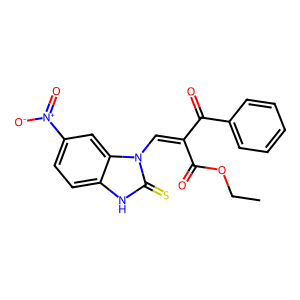
SMILES: CCOC(=O)C(=Cn1c(=S)[nH]c2ccc([N+](=O)[O-])cc21)C(=O)c1ccccc1
Inhibits HIV replication: No